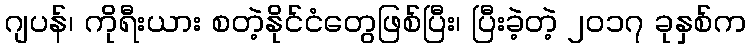
ဂျပန်၊ ကိုရီးယား စတဲ့နိုင်ငံတွေဖြစ်ပြီး၊ ပြီးခဲ့တဲ့ ၂၀၁၇ ခုနှစ်က